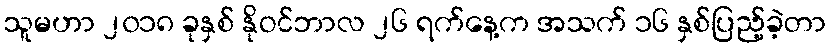
သူမဟာ ၂၀၁၈ ခုနှစ် နိုဝင်ဘာလ ၂၆ ရက်နေ့က အသက် ၁၆ နှစ်ပြည့်ခဲ့တာ